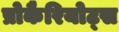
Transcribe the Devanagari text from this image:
प्रोकैरियोट्स